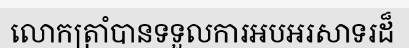
លោកត្រាំបានទទួលការអបអរសាទរដ៏